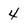
Character: 4